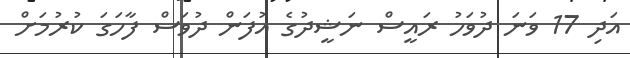
އަދި 17 ވަނަ ދުވަހު ރައީސް ނަޝީދުގެ އުފަން ދުވަސް ފާހަގަ ކުރުމަށް